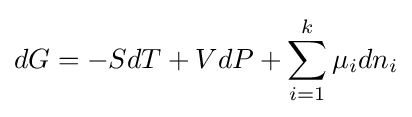
dG=-SdT+VdP+\sum _{i=1}^{k}\mu _{i}dn_{i}